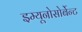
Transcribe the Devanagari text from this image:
इम्यूनोसोर्बेन्ट